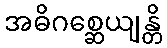
အဓိဂစ္ဆေယျန္တိ